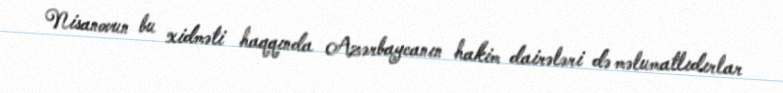
Nisanovun bu xidməti haqqında Azərbaycanın hakim dairələri də məlumatlıdırlar